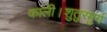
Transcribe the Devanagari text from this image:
काली।शुतुरमुर्ग